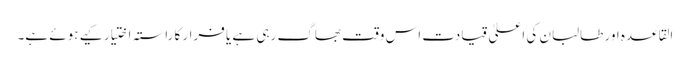
القاعدہ اور طالبان کی اعلیٰ قیادت اس وقت بھاگ رہی ہے یا فرار کا راستہ اختیار کیے ہوئے ہے۔